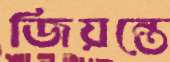
জিয়ন্তে